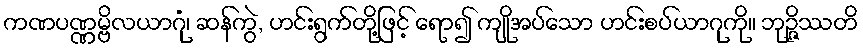
ကဏပဏ္ဏမ္ဗိလယာဂုံ၊ ဆန်ကွဲ, ဟင်းရွက်တို့ဖြင့် ရော၍ ကျိုအပ်သော ဟင်းစပ်ယာဂုကို။ ဘုဉ္ဇိဿတိ